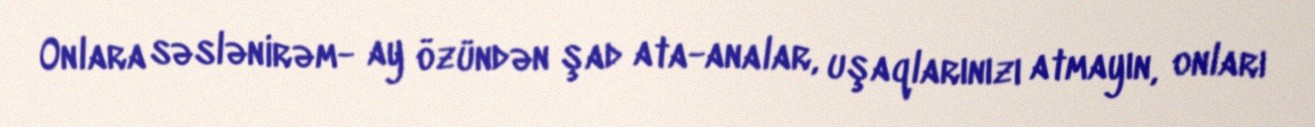
Onlara səslənirəm- ay özündən şad ata-analar, uşaqlarınızı atmayın, onları